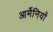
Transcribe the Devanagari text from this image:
आर्मेनियों